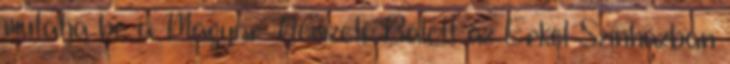
mutatja be a Magyar Nemzeti Balett az Erkel Színházban